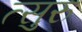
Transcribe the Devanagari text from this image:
त्सुरु